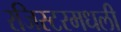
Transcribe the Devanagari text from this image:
रजिस्‍टरमधली